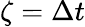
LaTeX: \zeta=\Delta t